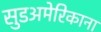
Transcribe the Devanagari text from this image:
सुडअमेरिकाना